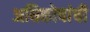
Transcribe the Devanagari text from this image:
अधिकोषांची